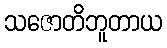
သဇောတိဘူတာယ